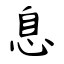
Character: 息